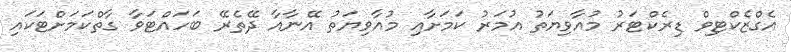
އެގްޒެކްޓިވް ޑިރެކްޓަރު މުއާވިޔަތު އުމަރު ކަމަށާއި މުއާވިޔަތު އޭނާއާ ދޭތެރޭ ބަހައްޓަވާ ގާތްކަމަށްޓަކައި